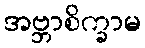
အဗ္ဘာစိက္ခာမ